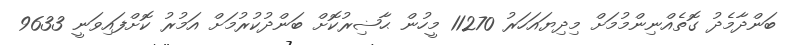
ބަންދާމެދު ގޮތެއްނިންމުމަށް މިދިޔައަހަރު 11270 މީހުން ޙާޟިރުކޮށް ބަންދުކުރުމަށް އަމުރު ކޮށްފައިވަނީ 9633